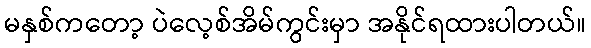
မနှစ်ကတော့ ပဲလေ့စ်အိမ်ကွင်းမှာ အနိုင်ရထားပါတယ်။